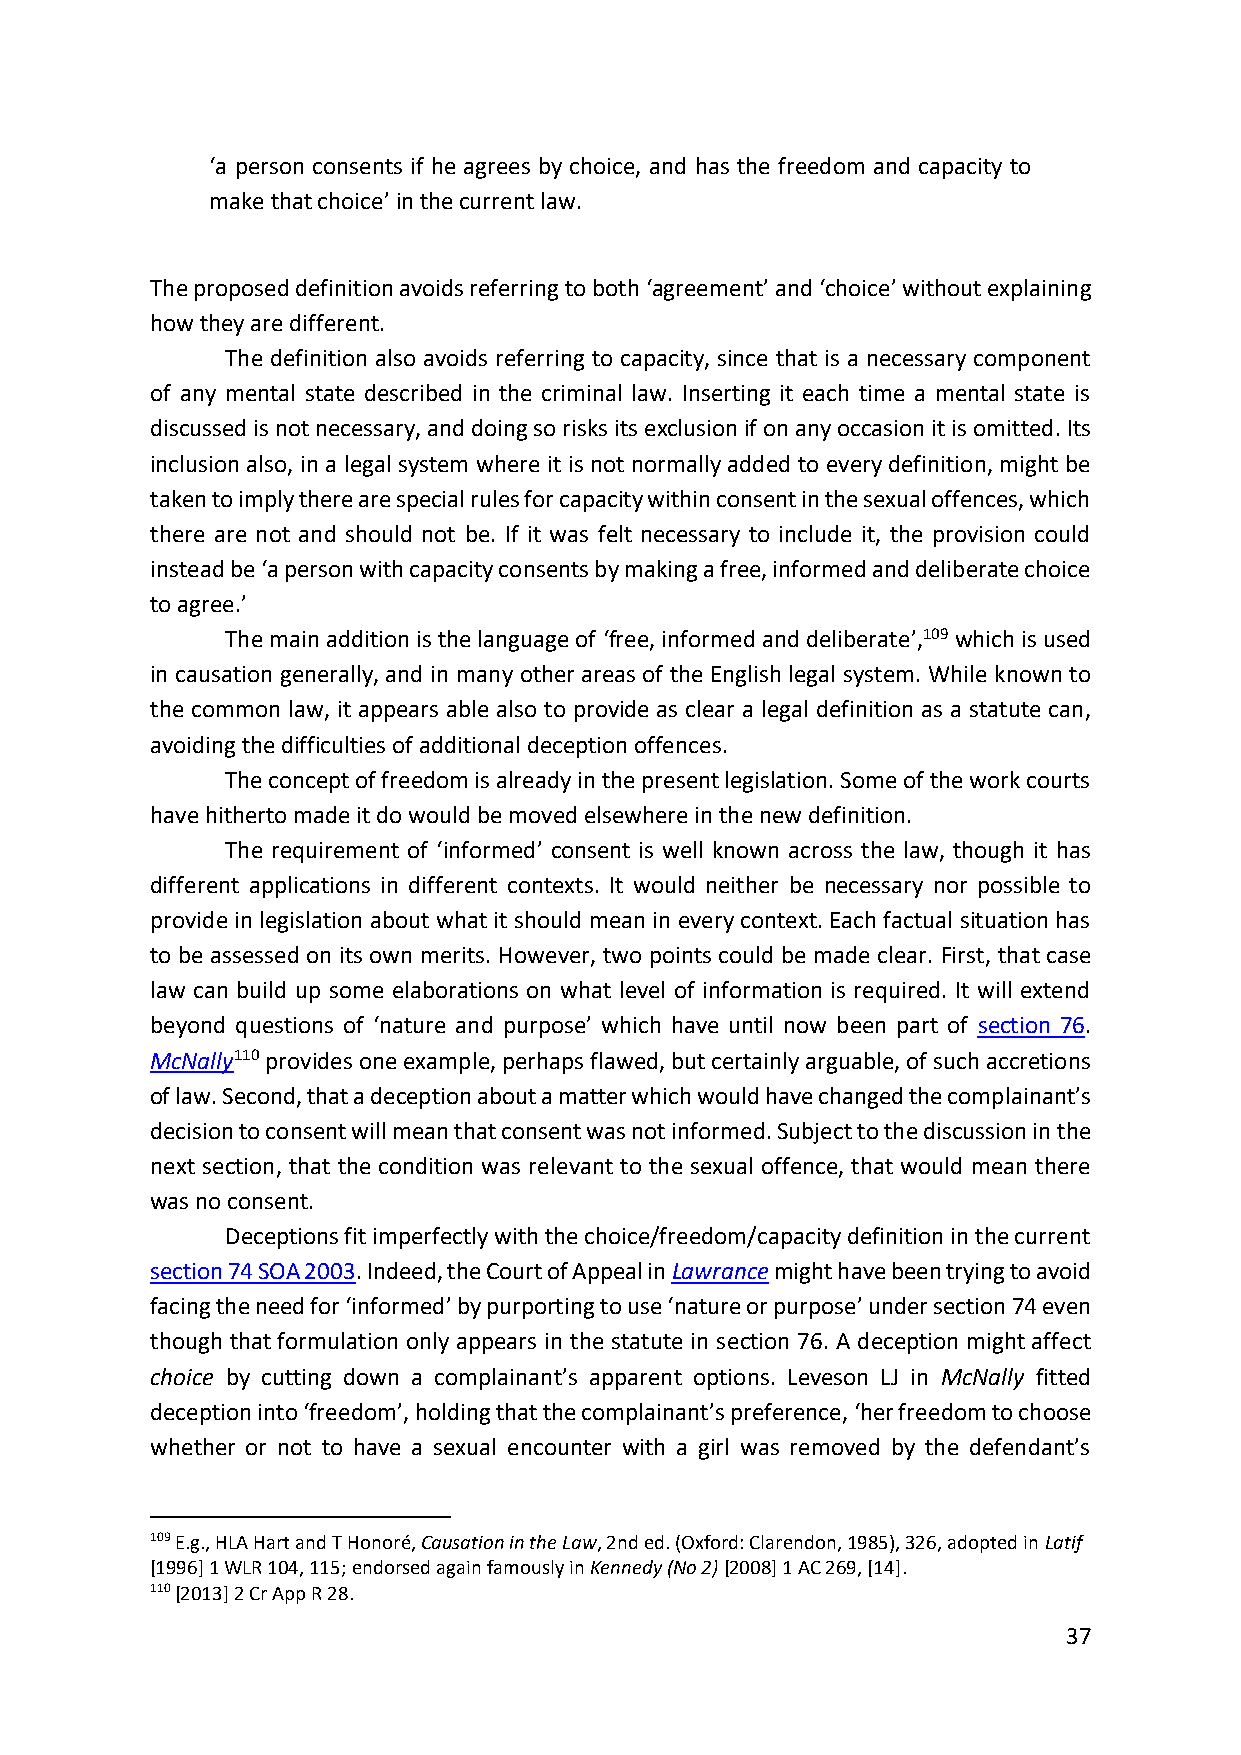
‘a person consents if he agrees by choice, and has the freedom and capacity to
 make that choice’ in the current law.
 The proposed definition avoids referring to both ‘agreement’ and ‘choice’ without explaining
 how they are different.
 The definition also avoids referring to capacity, since that is a necessary component
 of any mental state described in the criminal law. Inserting it each time a mental state is
 discussed is not necessary, and doing so risks its exclusion if on any occasion it is omitted. Its
 inclusion also, in a legal system where it is not normally added to every definition, might be
 taken to imply there are special rules for capacity within consent in the sexual offences, which
 there are not and should not be. If it was felt necessary to include it, the provision could
 instead be ‘a person with capacity consents by making a free, informed and deliberate choice
 to agree.’
 The main addition is the language of ‘free, informed and deliberate’,109 which is used
 in causation generally, and in many other areas of the English legal system. While known to
 the common law, it appears able also to provide as clear a legal definition as a statute can,
 avoiding the difficulties of additional deception offences.
 The concept of freedom is already in the present legislation. Some of the work courts
 have hitherto made it do would be moved elsewhere in the new definition.
 The requirement of ‘informed’ consent is well known across the law, though it has
 different applications in different contexts. It would neither be necessary nor possible to
 provide in legislation about what it should mean in every context. Each factual situation has
 to be assessed on its own merits. However, two points could be made clear. First, that case
 law can build up some elaborations on what level of information is required. It will extend
 beyond questions of ‘nature and purpose’ which have until now been part of section 76.
 McNally110 provides one example, perhaps flawed, but certainly arguable, of such accretions
 of law. Second, that a deception about a matter which would have changed the complainant’s
 decision to consent will mean that consent was not informed. Subject to the discussion in the
 next section, that the condition was relevant to the sexual offence, that would mean there
 was no consent.
 Deceptions fit imperfectly with the choice/freedom/capacity definition in the current
 section 74 SOA 2003. Indeed, the Court of Appeal in Lawrance might have been trying to avoid
 facing the need for ‘informed’ by purporting to use ‘nature or purpose’ under section 74 even
 though that formulation only appears in the statute in section 76. A deception might affect
 choice by cutting down a complainant’s apparent options. Leveson LJ in McNally fitted
 deception into ‘freedom’, holding that the complainant’s preference, ‘her freedom to choose
 whether or not to have a sexual encounter with a girl was removed by the defendant’s
 109 E.g., HLA Hart and T Honoré, Causation in the Law, 2nd ed. (Oxford: Clarendon, 1985), 326, adopted in Latif
 [1996] 1 WLR 104, 115; endorsed again famously in Kennedy (No 2) [2008] 1 AC 269, [14].
 110 [2013] 2 Cr App R 28.
 37